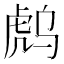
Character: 𰲟